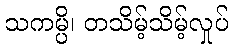
သကမ္ပိ၊ တသိမ့်သိမ့်လှုပ်